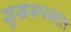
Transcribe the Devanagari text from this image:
सुखरूपमेति